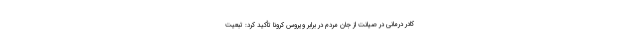
کادر درمانی در صیانت از جان مردم در برابر ویروس کرونا تأکید کرد: تبعیت